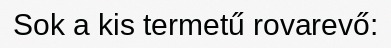
Sok a kis termetű rovarevő: